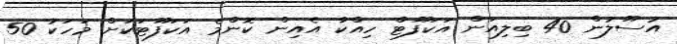
އުސޫލުން 40 ބިލިއަން އަކަފޫޓް ހިއްކާ އެއިން ކޮންމެ އަކަފޫޓަކަށް މަހަކު 50